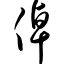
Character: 倬